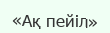
«Ақ пейіл»